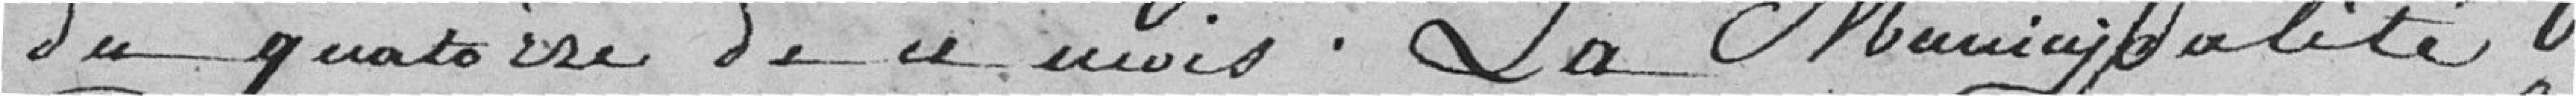
du quatorze de ce mois. La Municipalité